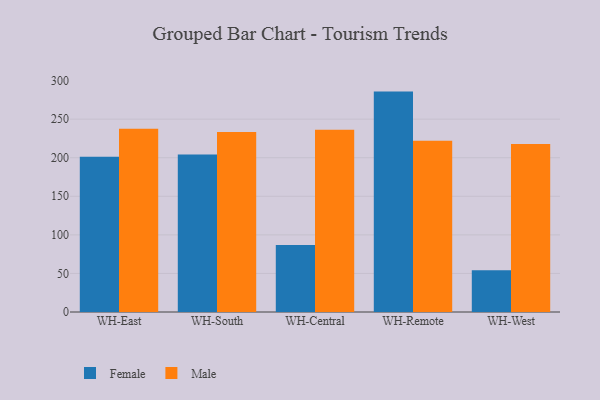
{"axis": {"x": "Warehouse", "y": "Active Users"}, "legend": ["Female", "Male"], "data": [{"x": "WH-East", "y": 201.2, "type": "Female"}, {"x": "WH-East", "y": 237.5, "type": "Male"}, {"x": "WH-South", "y": 204.1, "type": "Female"}, {"x": "WH-South", "y": 233.4, "type": "Male"}, {"x": "WH-Central", "y": 87.0, "type": "Female"}, {"x": "WH-Central", "y": 236.1, "type": "Male"}, {"x": "WH-Remote", "y": 285.7, "type": "Female"}, {"x": "WH-Remote", "y": 221.9, "type": "Male"}, {"x": "WH-West", "y": 54.2, "type": "Female"}, {"x": "WH-West", "y": 217.9, "type": "Male"}]}